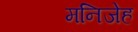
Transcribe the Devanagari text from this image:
मनिजेह